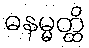
ဓနမ္မတ္ထိ